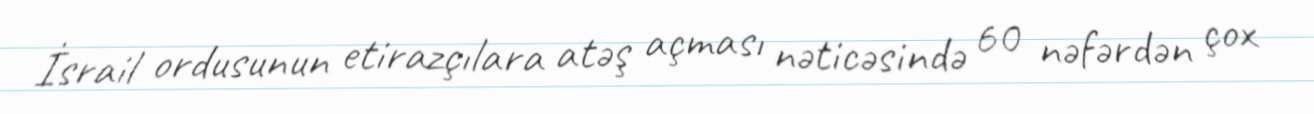
İsrail ordusunun etirazçılara atəş açması nəticəsində 60 nəfərdən çox